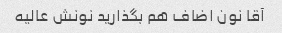
آقا نون اضاف هم بگذارید نونش عالیه